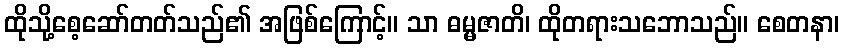
ထိုသို့စေ့ဆော်တတ်သည်၏ အဖြစ်ကြောင့်။ သာ ဓမ္မဇာတိ၊ ထိုတရားသဘောသည်။ စေတနာ၊